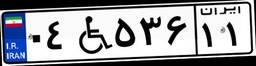
۰۴W۵۳۶۱۱